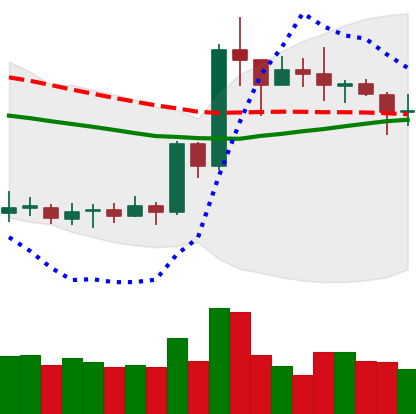
Ticker: XRP-USD
Chart end date: 2020-07-17
Forward return: 4.664%
Label: up_3_5